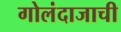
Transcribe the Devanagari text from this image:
गोलंदाजाची